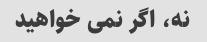
نه، اگر نمی خواهید